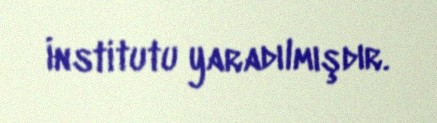
İnstitutu yaradılmışdır.